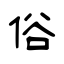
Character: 俗